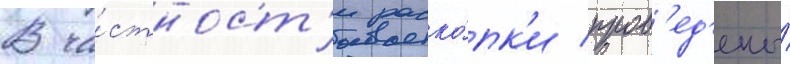
В ча́стност'и раско́пк'и пров'ед'ены́